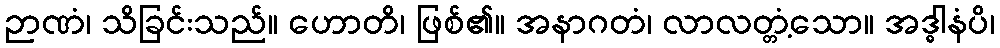
ဉာဏံ၊ သိခြင်းသည်။ ဟောတိ၊ ဖြစ်၏။ အနာဂတံ၊ လာလတ္တံ့သော။ အဒ္ဓါနံပိ၊